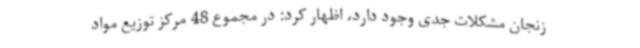
زنجان مشکلات جدی وجود دارد، اظهار کرد: در مجموع 48 مرکز توزیع مواد